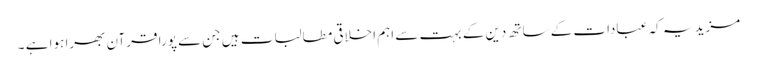
مزید یہ کہ عبادات کے ساتھ دین کے بہت سے اہم اخلاقی مطالبات ہیں جن سے پورا قرآن بھرا ہوا ہے ۔